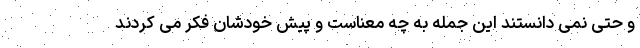
و حتی نمی دانستند این جمله به چه معناست و پیش خودشان فکر می کردند